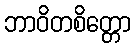
ဘာဝိတစိတ္တော